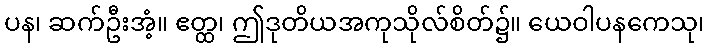
ပန၊ ဆက်ဦးအံ့။ ဧတ္ထ၊ ဤဒုတိယအကုသိုလ်စိတ်၌။ ယေဝါပနကေသု၊